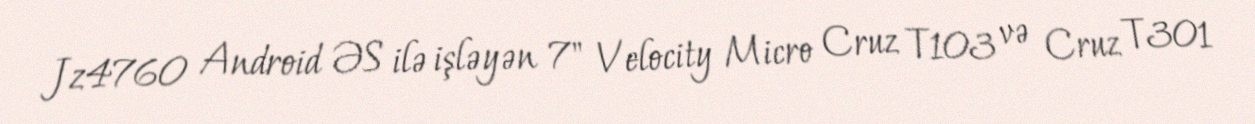
Jz4760 Android ƏS ilə işləyən 7" Velocity Micro Cruz T103 və Cruz T301